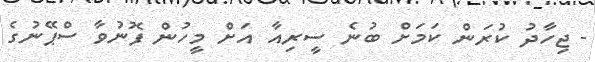
- ޖިހާދު ކުރަން ކަމަށް ބުނެ ސީރިއާ އަށް މީހުން ފޮނުވާ ސްޕޭނުގެ